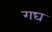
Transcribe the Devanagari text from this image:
गघ